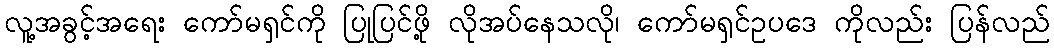
လူ့အခွင့်အရေး ကော်မရှင်ကို ပြုပြင်ဖို့ လိုအပ်နေသလို၊ ကော်မရှင်ဥပဒေ ကိုလည်း ပြန်လည်